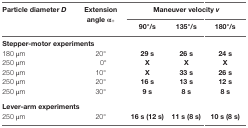
<table><thead><tr><td rowspan="2"><b>Particle diameter <i>D</i></b></td><td rowspan="2"><b>Extension angle α<sub>+</sub></b></td><td colspan="3"><b>Maneuver velocity <i>v</i></b></td></tr><tr><td><b>90°/s</b></td><td><b>135°/s</b></td><td><b>180°/s</b></td></tr></thead><tbody><tr><td colspan="5"><b>Stepper-motor experiments</b></td></tr><tr><td>180 μm</td><td>20°</td><td><b>29 s</b></td><td><b>26 s</b></td><td><b>24 s</b></td></tr><tr><td>250 μm</td><td>0°</td><td><b>X</b></td><td><b>X</b></td><td><b>X</b></td></tr><tr><td>250 μm</td><td>10°</td><td><b>X</b></td><td><b>33 s</b></td><td><b>26 s</b></td></tr><tr><td>250 μm</td><td>20°</td><td><b>16 s</b></td><td><b>13 s</b></td><td><b>12 s</b></td></tr><tr><td>250 μm</td><td>30°</td><td><b>9 s</b></td><td><b>8 s</b></td><td><b>8 s</b></td></tr><tr><td colspan="5"><b>Lever-arm experiments</b></td></tr><tr><td>250 μm</td><td>20°</td><td><b>16 s (12 s)</b></td><td><b>11 s (8 s)</b></td><td><b>10 s (8 s)</b></td></tr></tbody></table>